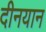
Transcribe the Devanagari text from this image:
दीनयान